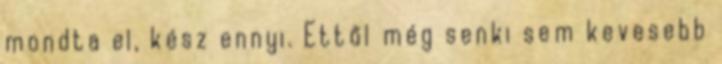
mondta el, kész ennyi. Ettől még senki sem kevesebb